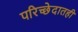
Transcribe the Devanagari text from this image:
परिच्छेदातही